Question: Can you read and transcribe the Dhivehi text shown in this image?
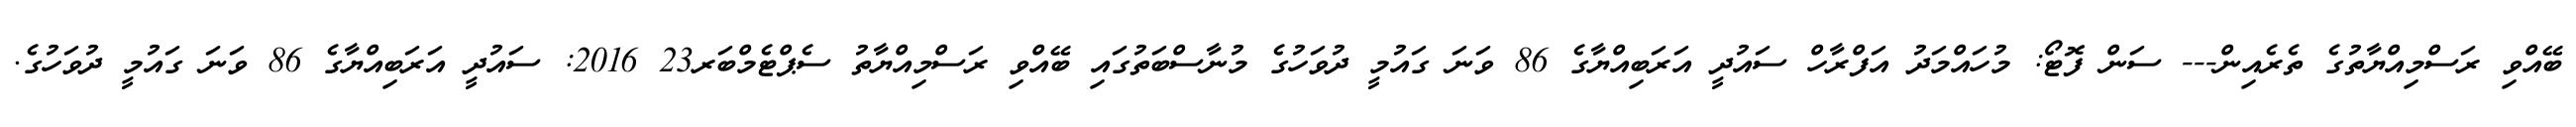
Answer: ބޭއްވި ރަސްމިއްޔާތުގެ ތެރެއިން--- ސަން ފޮޓޯ: މުހައްމަދު އަފްރާހް ސައުދީ އަރަބިއްޔާގެ 86 ވަނަ ގައުމީ ދުވަހުގެ މުނާސްބަތުގައި ބޭއްވި ރަސްމިއްޔާތު ސެޕްޓެމްބަރ23 2016: ސައުދީ އަރަބިއްޔާގެ 86 ވަނަ ގައުމީ ދުވަހުގެ.